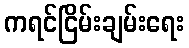
ကရင်ငြိမ်းချမ်းရေး